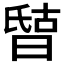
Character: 𰖘